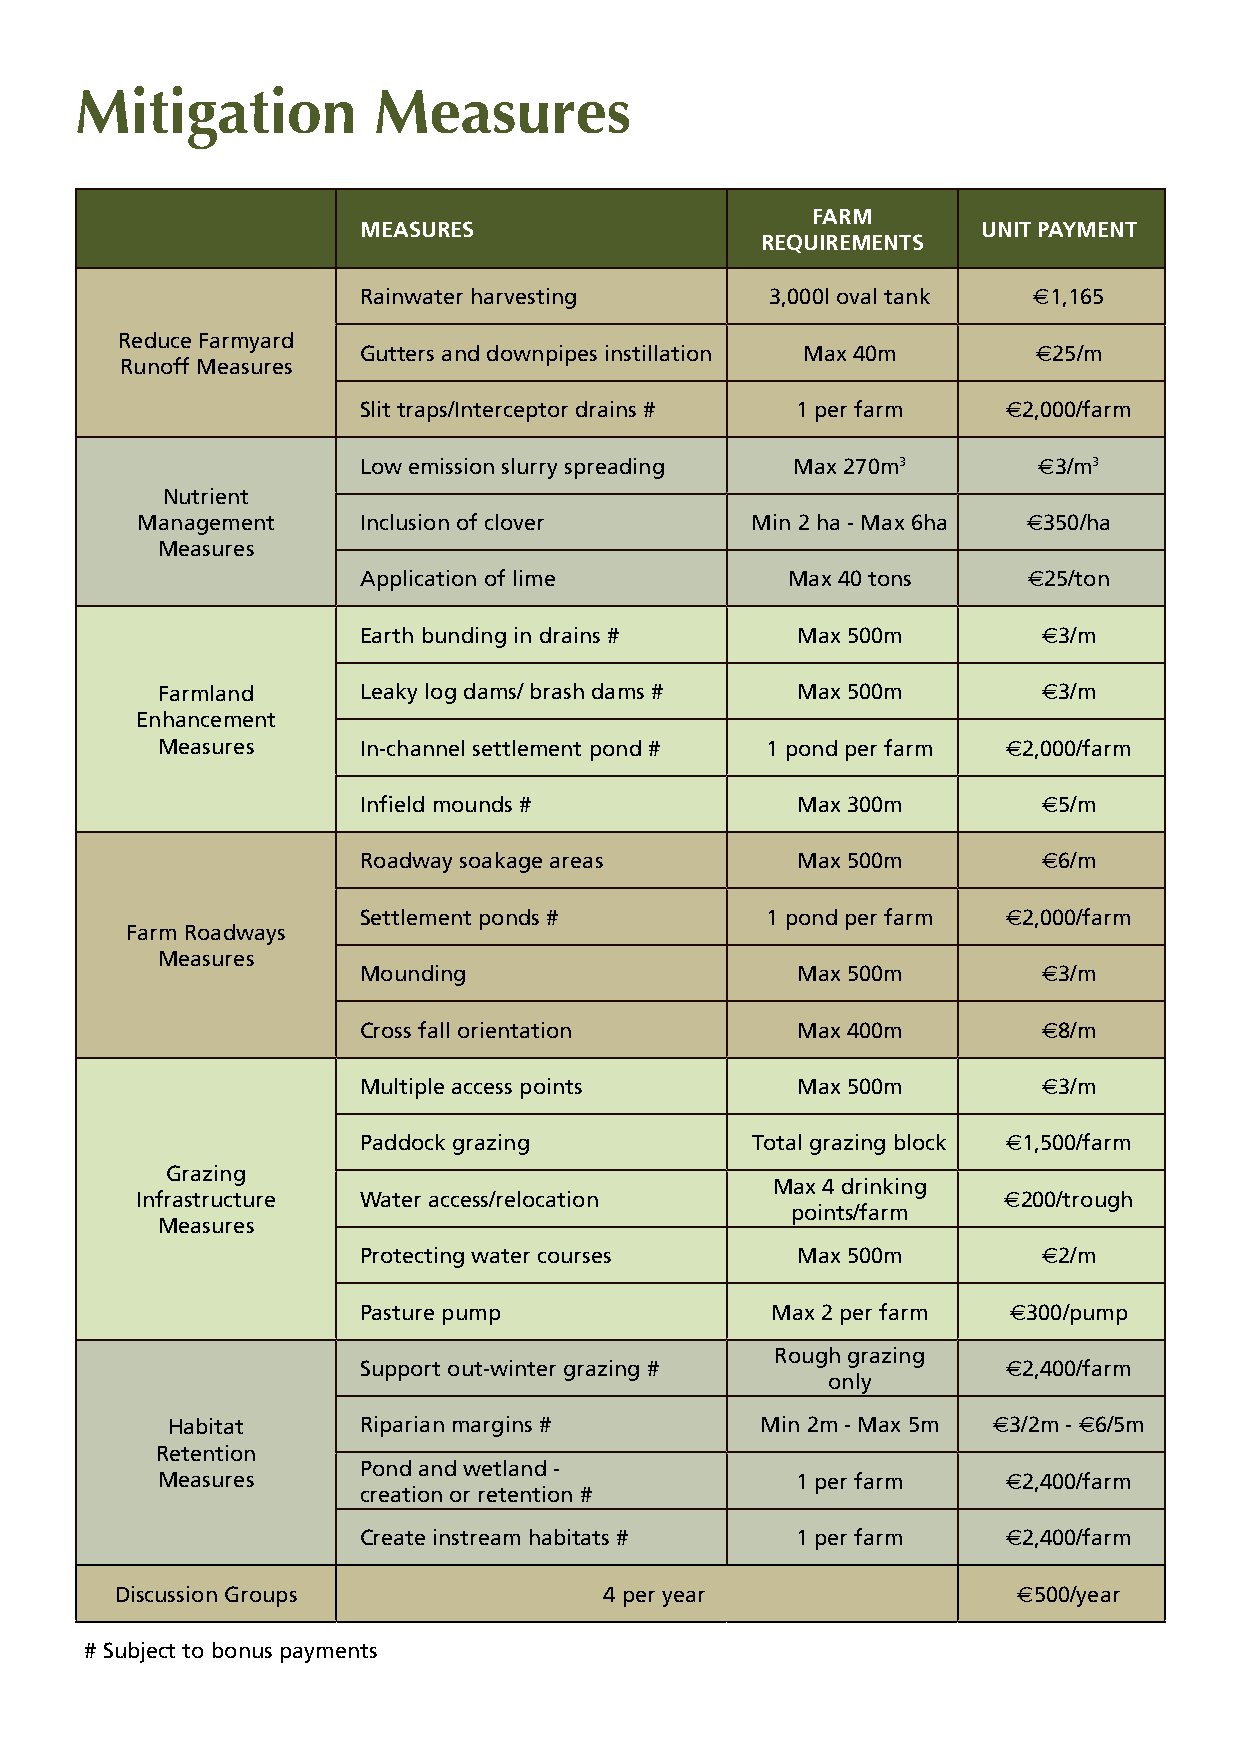
Mitigation          Measures
 FarM
 Measures                                 unit payMent
 requireMents
 Rainwater harvesting       3,000l oval tank €1,165
 Reduce Farmyard
 Gutters and downpipes instillation Max 40m   €25/m
 Runoff Measures
 Slit traps/Interceptor drains # 1 per farm €2,000/farm
 Low emission slurry spreading Max 270m3      €3/m3
 Nutrient
 Management     Inclusion of clover       Min 2 ha - Max 6ha €350/ha
 Measures
 Application of lime         Max 40 tons     €25/ton
 Earth bunding in drains #    Max 500m        €3/m
 Farmland      Leaky log dams/ brash dams # Max 500m        €3/m
 Enhancement
 Measures      In-channel settlement pond # 1 pond per farm €2,000/farm
 Infield mounds #             Max 300m        €5/m
 Roadway soakage areas        Max 500m        €6/m
 Settlement ponds #         1 pond per farm €2,000/farm
 Farm Roadways
 Measures
 Mounding                     Max 500m        €3/m
 Cross fall orientation       Max 400m        €8/m
 Multiple access points       Max 500m        €3/m
 Paddock grazing           Total grazing block €1,500/farm
 Grazing
 Max 4 drinking
 Infrastructure Water access/relocation                   €200/trough
 points/farm
 Measures
 Protecting water courses     Max 500m        €2/m
 Pasture pump               Max 2 per farm  €300/pump
 Rough grazing
 Support out-winter grazing #               €2,400/farm
 only
 Habitat      Riparian margins #        Min 2m - Max 5m €3/2m - €6/5m
 Retention
 Pond and wetland -
 Measures                                   1 per farm    €2,400/farm
 creation or retention #
 Create instream habitats #   1 per farm    €2,400/farm
 Discussion Groups               4 per year                 €500/year
 # Subject to bonus payments